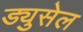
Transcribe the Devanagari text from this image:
ड्युसेल